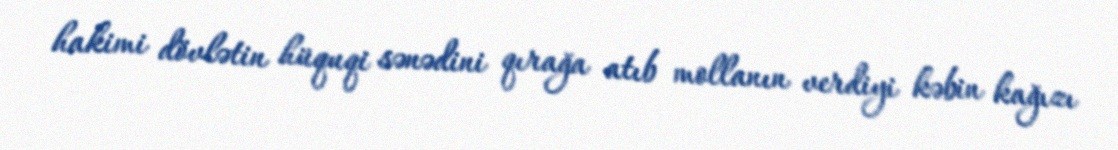
hakimi dövlətin hüquqi sənədini qırağa atıb mollanın verdiyi kəbin kağızı